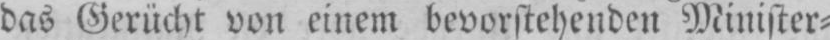
das Gerücht von einem bevorstehenden Minister⸗